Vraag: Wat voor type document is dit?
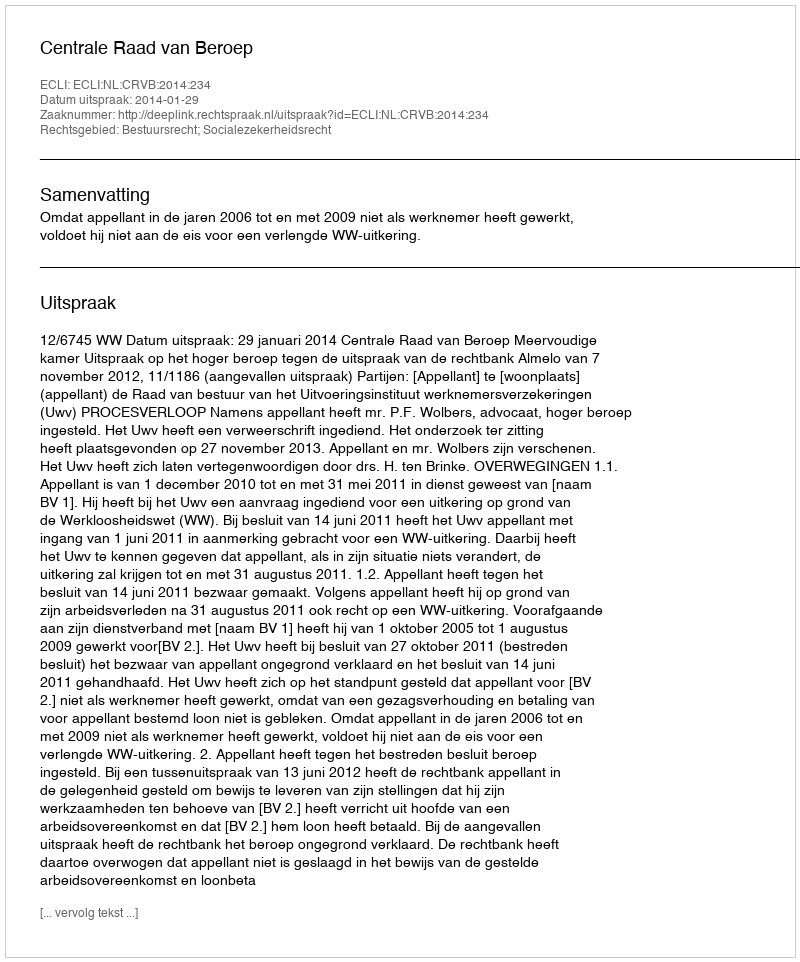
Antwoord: Uitspraak